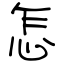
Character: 怎